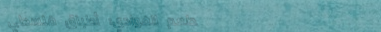
مطعم الفوادي: أطباق فلسطي